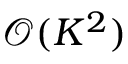
\mathcal { O } ( K ^ { 2 } )